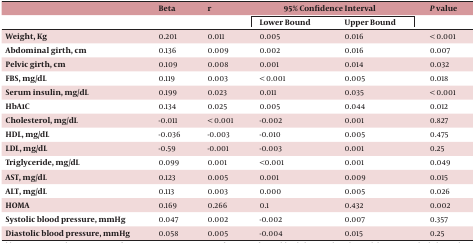
<table><thead><tr><td></td><td><b>Beta</b></td><td><b>r</b></td><td colspan="2"><b>95% Confidence Interval</b></td><td><b>P value</b></td></tr><tr><td></td><td></td><td></td><td><b>Lower Bound</b></td><td><b>Upper Bound</b></td><td></td></tr></thead><tbody><tr><td><b>Weight, Kg</b></td><td>0.201</td><td>&lt;0.011</td><td>0.005</td><td>0.016</td><td>&lt; 0.001</td></tr><tr><td><b>Abdominal girth, cm</b></td><td>0.136</td><td>0.009</td><td>0.002</td><td>0.016</td><td>0.007</td></tr><tr><td><b>Pelvic girth, cm</b></td><td>0.109</td><td>0.008</td><td>0.001</td><td>0.014</td><td>0.032</td></tr><tr><td><b>FBS, mg/dL</b></td><td>0.119</td><td>0.003</td><td>&lt; 0.001</td><td>0.005</td><td>0.018</td></tr><tr><td><b>Serum insulin, mg/dL</b></td><td>0.199</td><td>0.023</td><td>0.011</td><td>0.035</td><td>&lt; 0.001</td></tr><tr><td><b>HbA1C</b></td><td>0.134</td><td>0.025</td><td>0.005</td><td>0.044</td><td>0.012</td></tr><tr><td><b>Cholesterol, mg/dL</b></td><td>-0.011</td><td>&lt; 0.001</td><td>-0.002</td><td>0.001</td><td>0.827</td></tr><tr><td><b>HDL, mg/dL</b></td><td>-0.036</td><td>-0.003</td><td>-0.010</td><td>0.005</td><td>0.475</td></tr><tr><td><b>LDL, mg/dL</b></td><td>-0.59</td><td>-0.001</td><td>-0.003</td><td>&lt;0.001</td><td>0.25</td></tr><tr><td><b>Triglyceride, mg/dL</b></td><td>0.099</td><td>0.001</td><td>&lt;0.001</td><td>&lt;0.001</td><td>0.049</td></tr><tr><td><b>AST, mg/dL</b></td><td>0.123</td><td>0.005</td><td>&lt;0.001</td><td>0.009</td><td>0.015</td></tr><tr><td><b>ALT, mg/dL</b></td><td>0.113</td><td>0.003</td><td>0.000</td><td>0.005</td><td>0.026</td></tr><tr><td><b>HOMA</b></td><td>0.169</td><td>0.266</td><td>0.1</td><td>0.432</td><td>0.002</td></tr><tr><td><b>Systolic blood pressure, mmHg</b></td><td>0.047</td><td>0.002</td><td>-0.002</td><td>0.007</td><td>0.357</td></tr><tr><td><b>Diastolic blood pressure, mmHg</b></td><td>0.058</td><td>0.005</td><td>-0.004</td><td>0.015</td><td>0.25</td></tr></tbody></table>